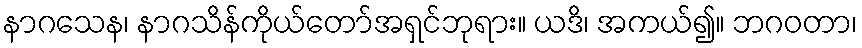
နာဂသေန၊ နာဂသိန်ကိုယ်တော်အရှင်ဘုရား။ ယဒိ၊ အကယ်၍။ ဘဂဝတာ၊